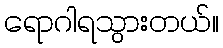
ရောဂါရသွားတယ်။